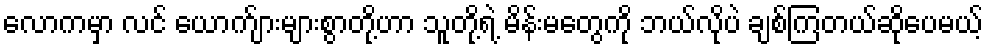
လောကမှာ လင် ယောက်ျားများစွာတို့ဟာ သူတို့ရဲ့ မိန်းမတွေကို ဘယ်လိုပဲ ချစ်ကြတယ်ဆိုပေမယ့်